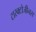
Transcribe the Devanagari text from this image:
टारक्टोजीनस